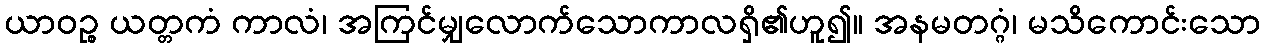
ယာဝဉ္စ ယတ္တကံ ကာလံ၊ အကြင်မျှလောက်သောကာလရှိ၏ဟူ၍။ အနမတဂ္ဂံ၊ မသိကောင်းသော